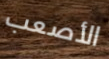
الأصعب